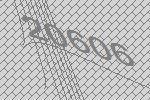
20606